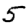
Digit: 5